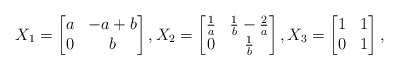
\begin{align*}X_1=\begin{bmatrix} a & -a+b \\ 0 & b\end{bmatrix}, X_2 = \begin{bmatrix} \frac{1}{a} & \frac{1}{b}-\frac{2}{a} \\ 0 & \frac{1}{b}\end{bmatrix}, X_3=\begin{bmatrix}1&1\\0&1\end{bmatrix},\end{align*}